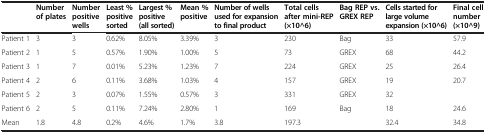
|  | Number of plates | Number positive wells | Least % positive sorted | Largest % positive (all sorted) | Mean % positive | Number of wells used for expansion to final product | Total cells after mini-REP (×10^6) | Bag REP vs. GREX REP | Cells started for large volume expansion (×10^6) | Final cell number (×10^9) |
 | --- | --- | --- | --- | --- | --- | --- | --- | --- | --- | --- |
 | Patient 1 | 3 | 3 | 0.62% | 8.05% | 3.39% | 3 | 230 | Bag | 33 | 57.9 |
 | Patient 2 | 1 | 5 | 0.57% | 1.90% | 1.00% | 5 | 73 | GREX | 68 | 44.2 |
 | Patient 3 | 1 | 7 | 0.01% | 5.23% | 1.23% | 7 | 224 | GREX | 25 | 26.4 |
 | Patient 4 | 2 | 6 | 0.11% | 3.68% | 1.03% | 4 | 157 | GREX | 19 | 20.7 |
 | Patient 5 | 2 | 3 | 0.07% | 1.55% | 0.57% | 3 | 331 | GREX | 32 |  |
 | Patient 6 | 2 | 5 | 0.11% | 7.24% | 2.80% | 1 | 169 | Bag | 18 | 24.6 |
 | Mean | 1.8 | 4.8 | 0.2% | 4.6% | 1.7% | 3.8 | 197.3 |  | 32.4 | 34.8 |